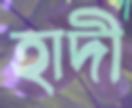
হাদী